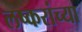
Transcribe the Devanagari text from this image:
लष्करांच्या